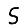
Digit: 5